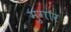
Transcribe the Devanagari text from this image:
मुगार